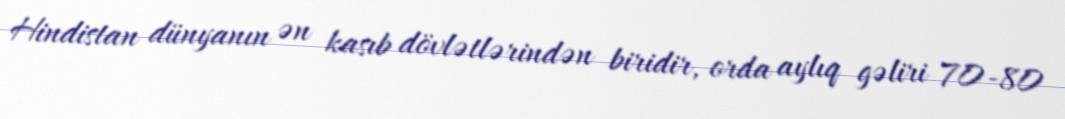
Hindistan dünyanın ən kasıb dövlətlərindən biridir, orda aylıq gəliri 70-80